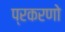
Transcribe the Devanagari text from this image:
प्रकरणो